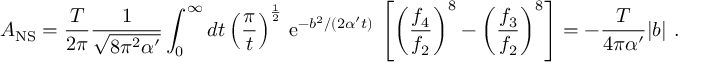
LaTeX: { \cal A } _ { \mathrm { N S } } = \frac { T } { 2 \pi } { \frac { 1 } { \sqrt { 8 \pi ^ { 2 } \alpha ^ { \prime } } } } \int _ { 0 } ^ { \infty } { d t } \left( \frac { \pi } { t } \right) ^ { \frac { 1 } { 2 } } \, \mathrm { e } ^ { - b ^ { 2 } / ( 2 \alpha ^ { \prime } t ) } \, \left[ \left( { \frac { f _ { 4 } } { f _ { 2 } } } \right) ^ { 8 } - \left( { \frac { f _ { 3 } } { f _ { 2 } } } \right) ^ { 8 } \right] = - { \frac { T } { 4 \pi \alpha ^ { \prime } } } | b | ~ .